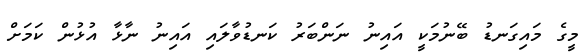
މީގެ މައިގަނޑު ބޭނުމަކީ އައިނު ނަންބަރު ކަނޑުވާލައި އައިނު ނާޅާ އުޅުން ކަމަށް